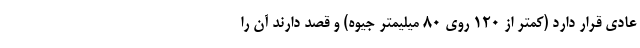
عادی قرار دارد (کمتر از 120 روی 80 میلیمتر جیوه) و قصد دارند آن را